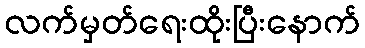
လက်မှတ်ရေးထိုးပြီးနောက်